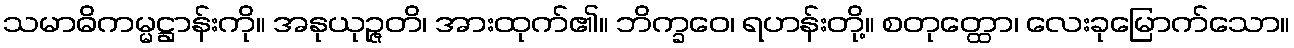
သမာဓိကမ္မဋ္ဌာန်းကို။ အနုယုဉ္ဇတိ၊ အားထုက်၏။ ဘိက္ခဝေ၊ ရဟန်းတို့။ စတုတ္ထော၊ လေးခုမြောက်သော။